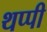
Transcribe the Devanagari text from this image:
थप्पी